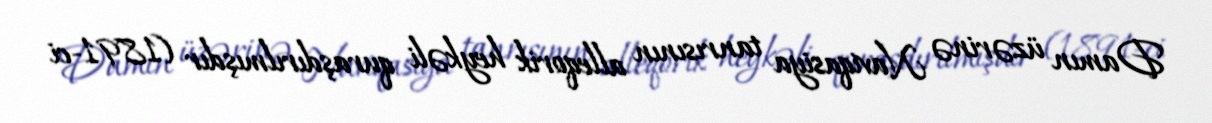
Damın üzərinə Naviqasiya tanrısının alleqorik heykəli quraşdırılmışdır (1891-ci